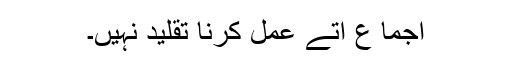
اجما ع اُتے عمل کرنا تقلید نہيں۔